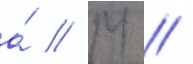
а́ // М //